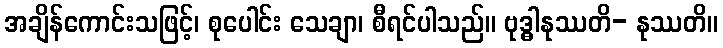
အချိန်ကောင်းသဖြင့်၊ စုပေါင်း သေချာ၊ စီရင်ပါသည်။ ဗုဒ္ဓါနုဿတိ- နုဿတိ။